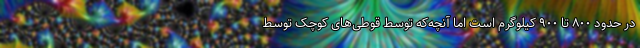
در حدود ۸۰۰ تا ۹۰۰ کیلوگرم است اما آنچه‌که توسط قوطی‌های کوچک توسط